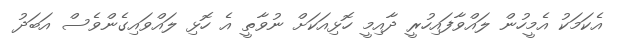
އެކަމަކު އެމީހުން ލައްވާފައިހުރީ ދާއިމީ ހޮޅިއަކަށް ނުވާތީ އެ ހޮޅި ލައްވައިގެންވެސް އަބަދު